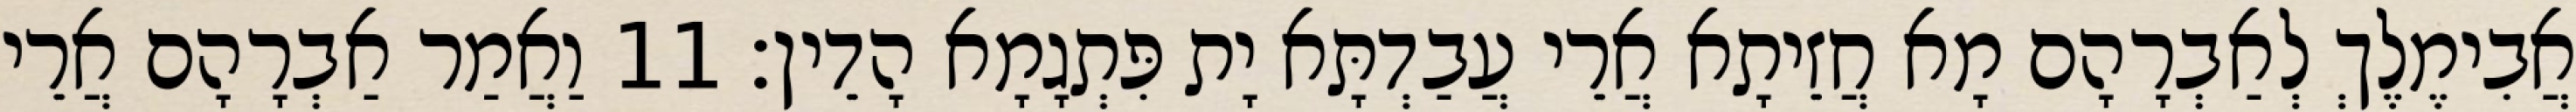
אֲבִימֶלֶךְ לְאַבְרָהָם מָא חֲזֵיתָא אֲרֵי עֲבַדְתָּא יָת פִּתְגָמָא הָדֵין׃ 11 וַאֲמַר אַבְרָהָם אֲרֵי